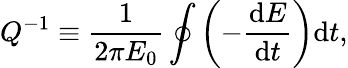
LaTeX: Q^{-1}\equiv\frac{1}{2\pi E_{0}}\oint\left(-\frac{\mathrm{d}E}{\mathrm{d}t}\right)\mathrm{d}t,